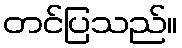
တင်ပြသည်။